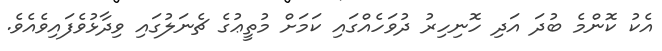
އެކު ކޮންމެ ބުދަ އަދި ހޮނިހިރު ދުވަހެއްގައި ކަމަށް މުތީޢުގެ ޗެނަލުގައި ވިދާޅުވެފައިވެއެވެ.